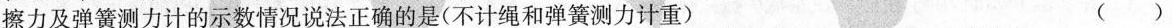
擦力及弹簧测力计的示数情况说法正确的是(不计绳和弹簧测力计重) ( )